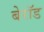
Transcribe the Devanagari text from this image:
बेरॉड